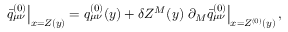
\left. \bar { q } _ { \mu \nu } ^ { ( 0 ) } \right| _ { x = Z ( y ) } = q _ { \mu \nu } ^ { ( 0 ) } ( y ) + \delta Z ^ { M } ( y ) \left. \partial _ { M } \bar { q } _ { \mu \nu } ^ { ( 0 ) } \right| _ { x = Z ^ { ( 0 ) } ( y ) } ,